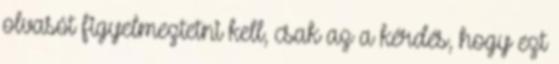
olvasót figyelmeztetni kell, csak az a kérdés, hogy ezt